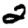
Digit: 2